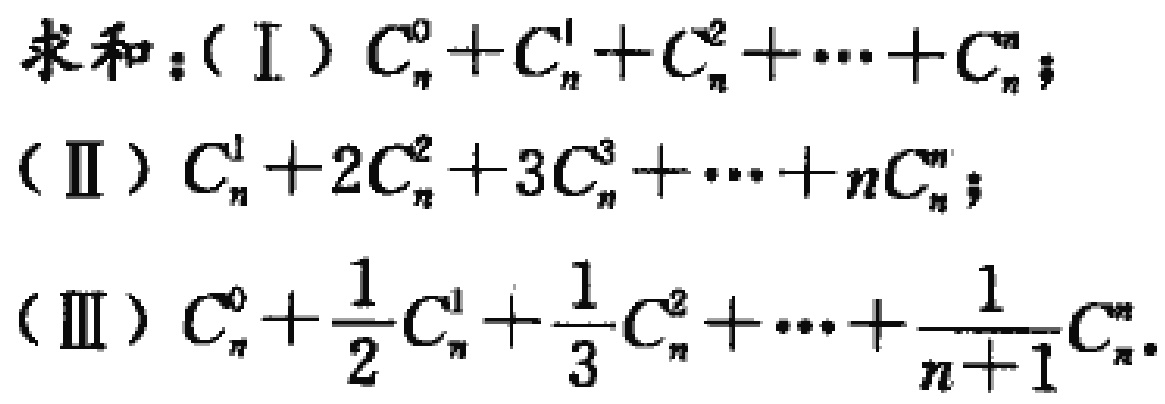
求和：（Ⅰ）\(C_{n}^{0}+C_{n}^{1}+C_{n}^{2}+\cdots +C_{n}^{n}\)；
（Ⅱ）\(C_{n}^{1}+2C_{n}^{2}+3C_{n}^{3}+\cdots +nC_{n}^{n}\)；
（Ⅲ）\(C_{n}^{0}+\frac{1}{2}C_{n}^{1}+\frac{1}{3}C_{n}^{2}+\cdots +\frac{1}{n + 1}C_{n}^{n}\)。